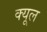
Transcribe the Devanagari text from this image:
क्यूल